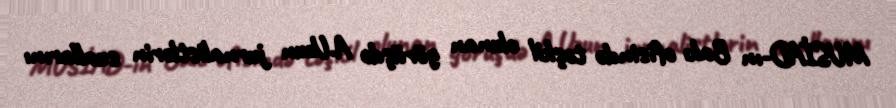
MUSİAD-ın Bakı ofisində təşkil olunan görüşdə A.Uzun jurnalistlərin suallarını